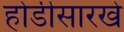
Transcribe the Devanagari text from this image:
होडीसारखे